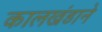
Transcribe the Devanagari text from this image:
कालखंडाने